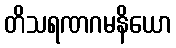
တိသရဏဂမနိယော